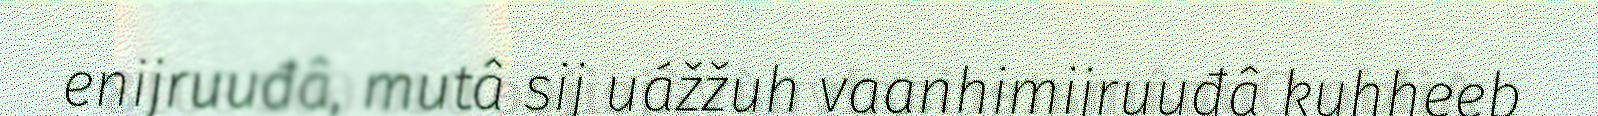
enijruuđâ, mutâ sij uážžuh vaanhimijruuđâ kuhheeb